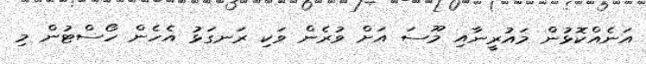
އަނެއްކޮޅުން މައުރީނާއި މޫސަ އަށް ވުރެން ވަކި ރަނގަޅު އެހެން ހޯސްޓުން މި